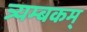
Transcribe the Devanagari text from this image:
त्र्यम्‍बकम्